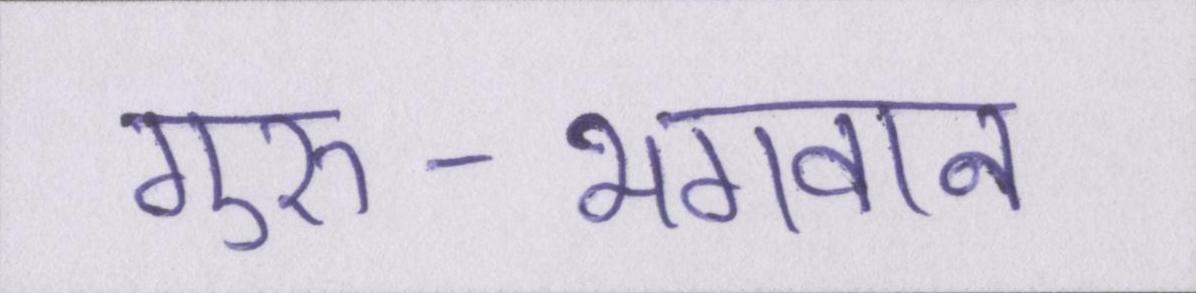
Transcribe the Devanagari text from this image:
गुरु-भगवान